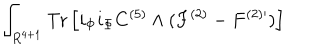
LaTeX: \int _ { R ^ { 4 + 1 } } \mathrm { T r } \left[ i _ { \Phi } i _ { \Phi } C ^ { ( 5 ) } \wedge ( F ^ { ( 2 ) } - F ^ { ( 2 ) \prime } ) \right]